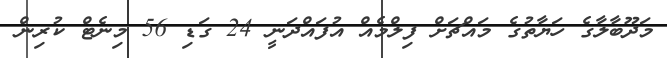
މަދޫބާލާގެ ހަޔާތުގެ މައްޗަށް ފިލްމެއް އުފައްދަނީ 24 ގަޑި 56 މިނެޓް ކުރިން